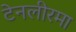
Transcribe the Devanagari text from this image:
टेनलीरमा